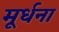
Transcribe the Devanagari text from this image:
मूर्धना